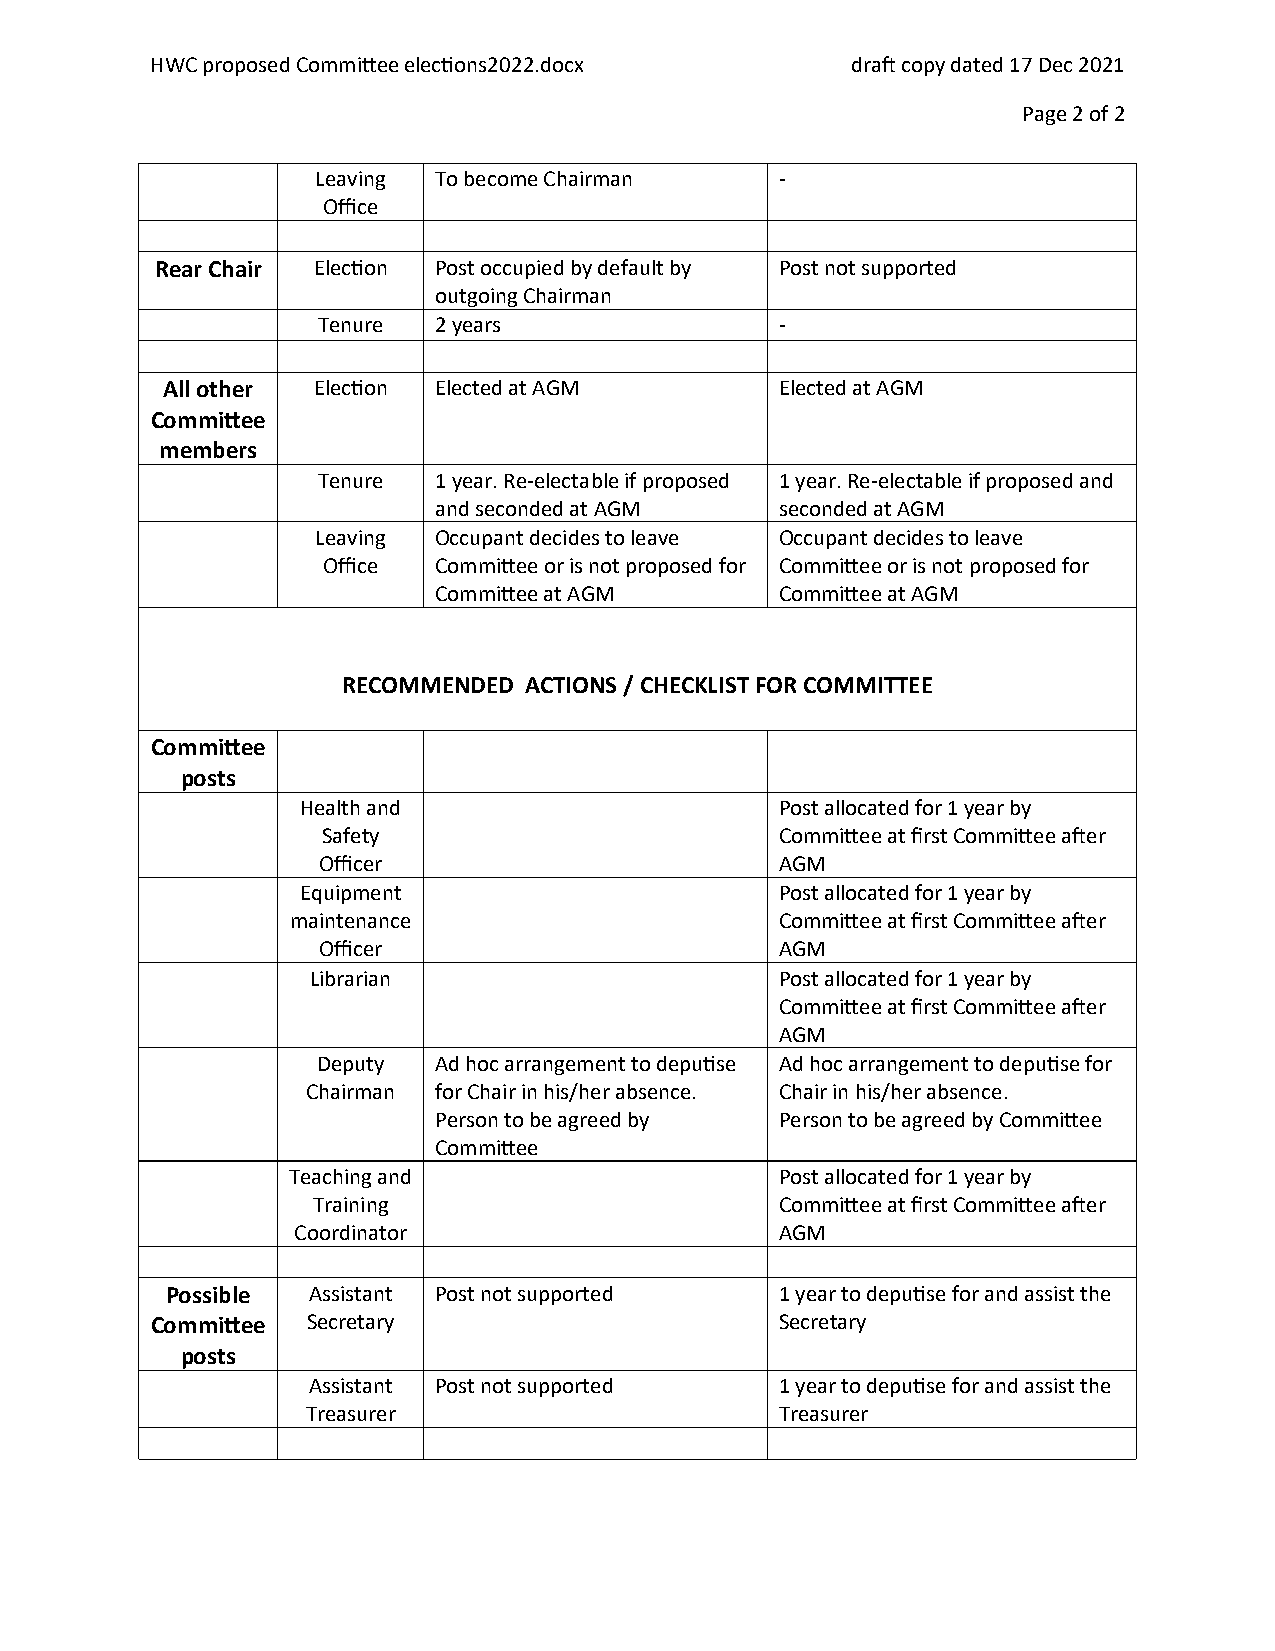
HWC proposed Committee elections2022.docx     draft copy dated 17 Dec 2021
 Page 2 of 2
 Leaving To become Chairman     -
 Office
 Rear Chair Election Post occupied by default by Post not supported
 outgoing Chairman
 Tenure  2 years                -
 All other Election Elected at AGM        Elected at AGM
 Committee
 members
 Tenure  1 year. Re-electable if proposed 1 year. Re-electable if proposed and
 and seconded at AGM    seconded at AGM
 Leaving Occupant decides to leave Occupant decides to leave
 Office  Committee or is not proposed for Committee or is not proposed for
 Committee at AGM       Committee at AGM
 RECOMMENDED ACTIONS / CHECKLIST FOR COMMITTEE
 Committee
 posts
 Health and                      Post allocated for 1 year by
 Safety                         Committee at first Committee after
 Officer                        AGM
 Equipment                       Post allocated for 1 year by
 maintenance                      Committee at first Committee after
 Officer                        AGM
 Librarian                       Post allocated for 1 year by
 Committee at first Committee after
 AGM
 Deputy  Ad hoc arrangement to deputise Ad hoc arrangement to deputise for
 Chairman for Chair in his/her absence. Chair in his/her absence.
 Person to be agreed by Person to be agreed by Committee
 Committee
 Teaching and                     Post allocated for 1 year by
 Training                       Committee at first Committee after
 Coordinator                      AGM
 Possible Assistant Post not supported    1 year to deputise for and assist the
 Committee Secretary                       Secretary
 posts
 Assistant Post not supported    1 year to deputise for and assist the
 Treasurer                       Treasurer